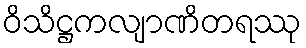
ဝိသိဋ္ဌကလျာဏိတရဿု